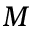
M